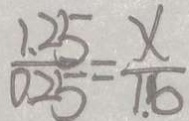
\frac { 1 . 2 5 } { 0 . 2 5 } = \frac { x } { 1 . 6 }